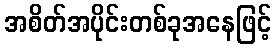
အစိတ်အပိုင်းတစ်ခုအနေဖြင့်